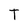
Character: T